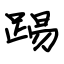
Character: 踢